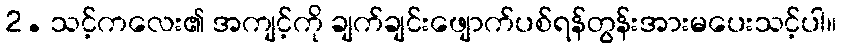
2. သင့်ကလေး၏ အကျင့်ကို ချက်ချင်းဖျောက်ပစ်ရန်တွန်းအားမပေးသင့်ပါ။